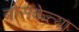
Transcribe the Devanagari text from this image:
बोसकेत्या